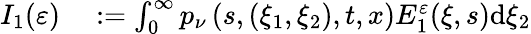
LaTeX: \begin{array}{rl}{I_{1}(\varepsilon)}&{{}:=\int_{0}^{\infty}p_{\nu}\left(s,(\xi_{1},\xi_{2}),t,x\right)E_{1}^{\varepsilon}(\xi,s)\mathrm{d}\xi_{2}}\end{array}